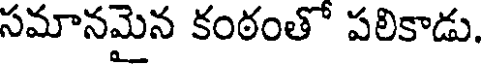
సమానమైన కంఠంతో పలికాడు.